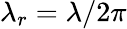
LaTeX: \lambda_{r}=\lambda/2\pi